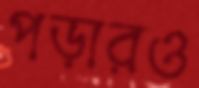
পড়ারও